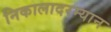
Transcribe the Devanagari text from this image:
निकालादरम्यान